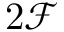
2 \mathcal { F }